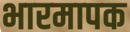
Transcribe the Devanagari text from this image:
भारमापक